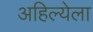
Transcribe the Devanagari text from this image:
अहिल्येला